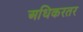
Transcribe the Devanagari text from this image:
अधिकरतर